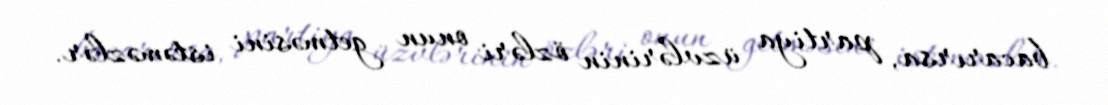
bacarırsa, partiya üzvlərinin özləri onun getməsini istəməzlər.